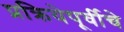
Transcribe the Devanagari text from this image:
प्रक्रियेपूर्वीचे